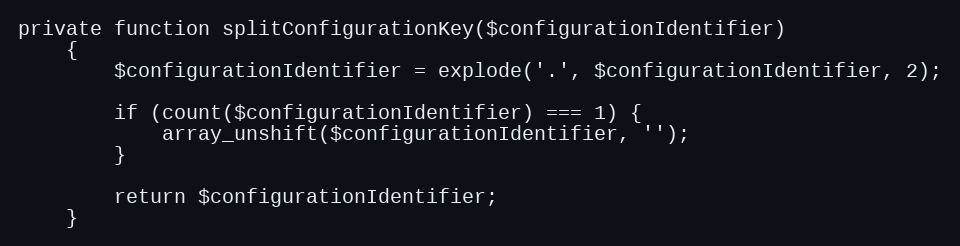
Language: PHP
private function splitConfigurationKey($configurationIdentifier)
    {
        $configurationIdentifier = explode('.', $configurationIdentifier, 2);

        if (count($configurationIdentifier) === 1) {
            array_unshift($configurationIdentifier, '');
        }

        return $configurationIdentifier;
    }